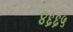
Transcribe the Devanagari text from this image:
४६६५